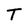
Character: T